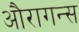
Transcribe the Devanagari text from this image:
औरागन्स